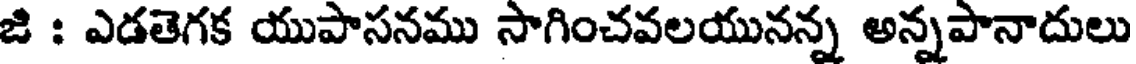
జి : ఎడతెగక యుపాసనము సాగించవలయునన్న అన్నపానాదులు